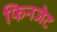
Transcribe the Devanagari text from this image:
फिनजेट